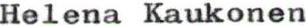
Helena Kaukonen